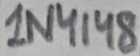
Text: 1N4148